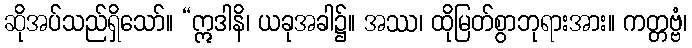
ဆိုအပ်သည်ရှိသော်။ “ဣဒါနိ၊ ယခုအခါ၌။ အဿ၊ ထိုမြတ်စွာဘုရားအား။ ကတ္တဗ္ဗံ၊